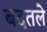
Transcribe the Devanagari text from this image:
बदतले